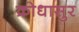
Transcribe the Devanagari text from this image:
क्रोधासुर